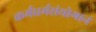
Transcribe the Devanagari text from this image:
कर्मधर्मसंयोगानं